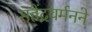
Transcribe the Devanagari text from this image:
महेंद्रवर्मनने